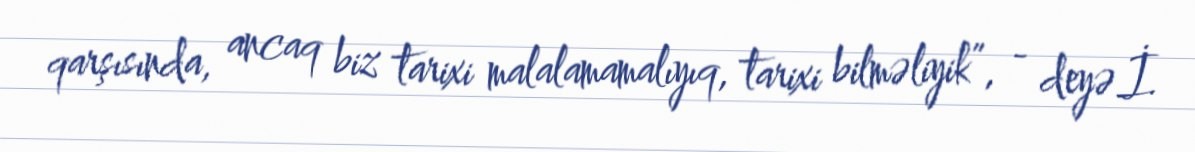
qarşısında, ancaq biz tarixi malalamamalıyıq, tarixi bilməliyik”, - deyə İ.